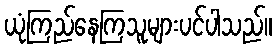
ယုံကြည်နေကြသူများပင်ပါသည်။